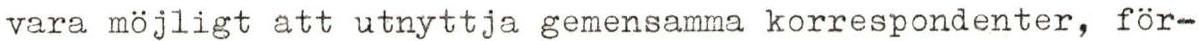
vara möjligt att utnyttja gemensamma korrespondenter, för-